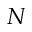
N